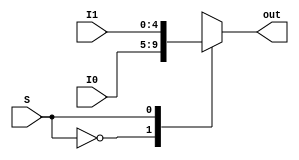
// Mux2to1_5bit

module Mux2to1_5bit ( I0,
				      I1,
				      S,
				      out);

	parameter bit_size = 5;

	input [bit_size-1:0] I0;
	input [bit_size-1:0] I1;
	input S;

	output [bit_size-1:0] out;
	reg [bit_size-1:0] out;

	always@(*)
	begin
		out = 0;
		case(S)
			0: out = I0;
			1: out = I1;
		endcase
	end

endmodule